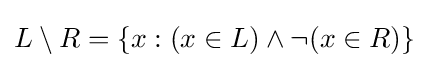
L\setminus R=\{x:(x\in L)\land \lnot (x\in R)\}